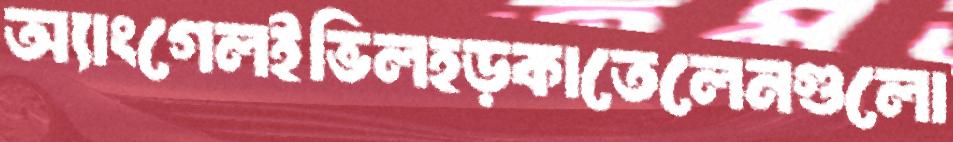
অ্যাংগেলইভিলহড়কাতেলেনগুলো